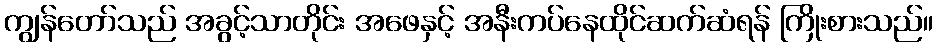
ကျွန်တော်သည် အခွင့်သာတိုင်း အဖေနှင့် အနီးကပ်နေထိုင်ဆက်ဆံရန် ကြိုးစားသည်။